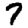
Digit: 7